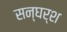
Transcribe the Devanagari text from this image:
सन्घर्श